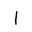
Letter: _alif